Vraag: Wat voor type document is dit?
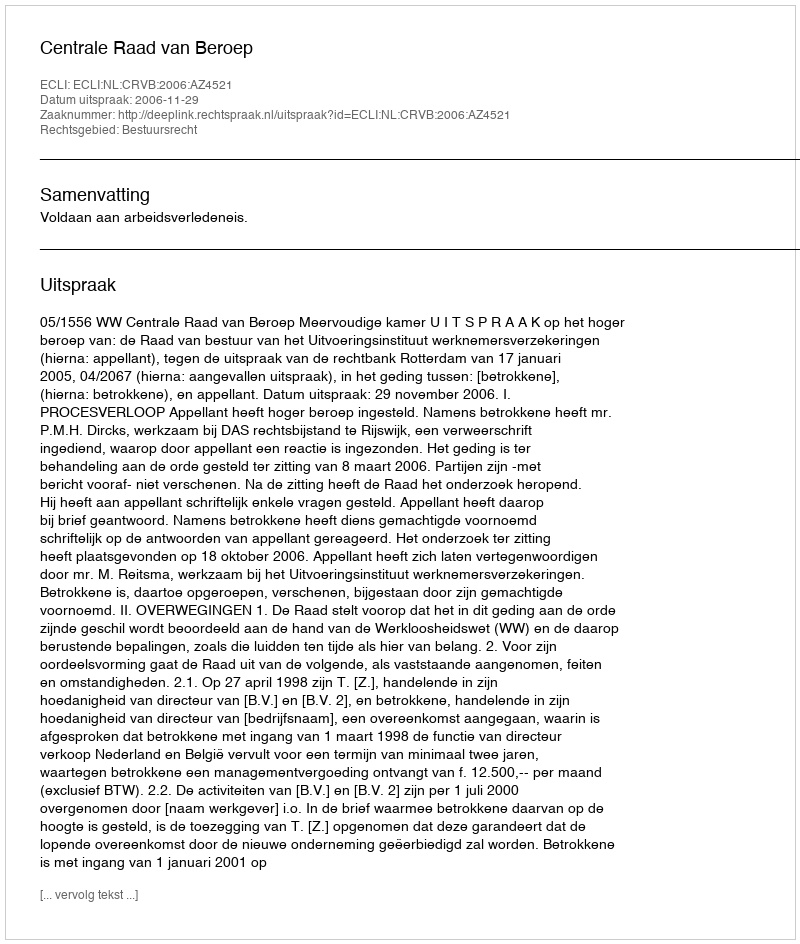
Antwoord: Uitspraak